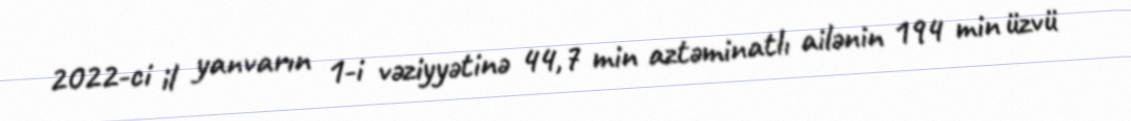
2022-ci il yanvarın 1-i vəziyyətinə 44,7 min aztəminatlı ailənin 194 min üzvü